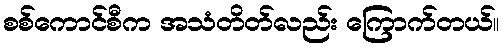
စစ်ကောင်စီက အသံတိတ်လည်း ကြောက်တယ်။